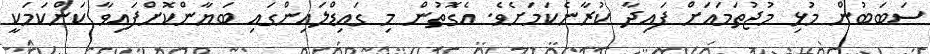
ސަބަބުން މުޅި މުޖުތަމައަށް ފައިދާ ކުރާނެކަމަށެވެ. އެގޮތުން މި ގައިޑްލައިންގައި ބަޔާންކޮށްފައިވާ ކަންކަމަކީ